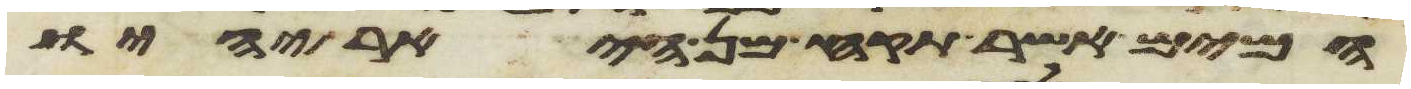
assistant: המים אשר תקח מן היאר יהיו